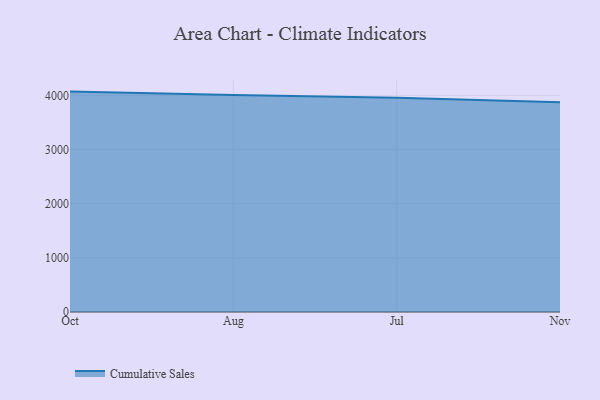
{"axis": {"x": "Month", "y": "Inventory Turnover"}, "legend": ["Cumulative Sales"], "data": [{"x": "Oct", "y": 4069.2, "type": "Cumulative Sales"}, {"x": "Aug", "y": 4004.4, "type": "Cumulative Sales"}, {"x": "Jul", "y": 3954.3, "type": "Cumulative Sales"}, {"x": "Nov", "y": 3871.5, "type": "Cumulative Sales"}]}